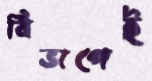
বিভাগেই